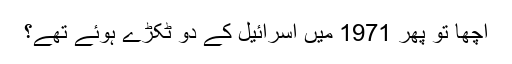
اچھا تو پھر 1971 میں اسرائیل کے دو ٹکڑے ہوئے تھے؟